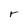
Character: r